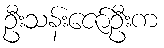
ဦးသန်းဇော်ဦးက